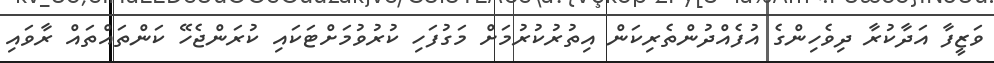
ވަޒީފާ އަދާކުރާ ދިވެހިންގެ އުފެއްދުންތެރިކަން އިތުރުކުރުމަށް މަގުފަހި ކުރުވުމަށްޓަކައި ކުރަންޖެހޭ ކަންތައްތައް ރާވައި